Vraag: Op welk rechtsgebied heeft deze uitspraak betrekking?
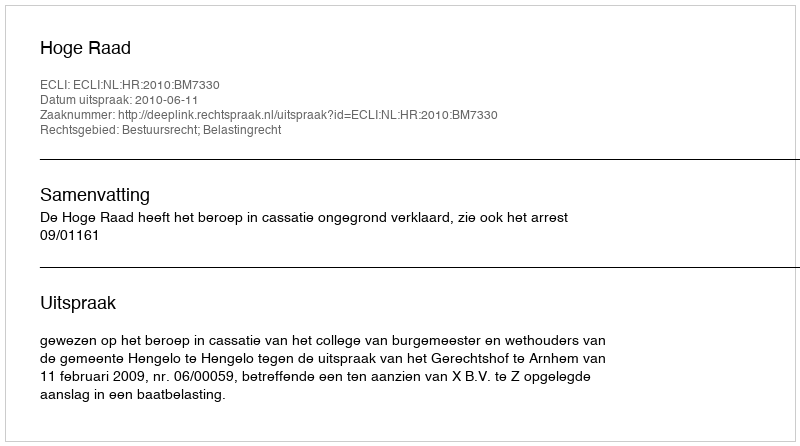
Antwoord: Bestuursrecht; Belastingrecht